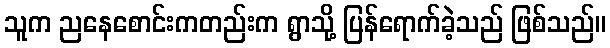
သူက ညနေစောင်းကတည်းက ရွာသို့ ပြန်ရောက်ခဲ့သည် ဖြစ်သည်။